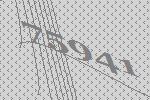
75941